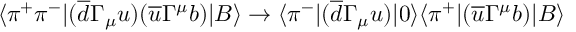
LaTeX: \langle \pi ^ { + } \pi ^ { - } | ( \overline { { { d } } } \Gamma _ { \mu } u ) ( \overline { { { u } } } \Gamma ^ { \mu } b ) | B \rangle \rightarrow \langle \pi ^ { - } | ( \overline { { { d } } } \Gamma _ { \mu } u ) | 0 \rangle \langle \pi ^ { + } | ( \overline { { { u } } } \Gamma ^ { \mu } b ) | B \rangle